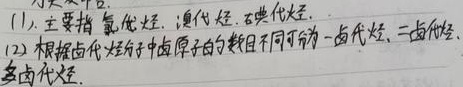
(1) 主要指：氟代烃、氯代烃、碘代烃。
(2) 根据卤代烃分子中卤原子的数目不同可分为一卤代烃、二卤代烃、多卤代烃。